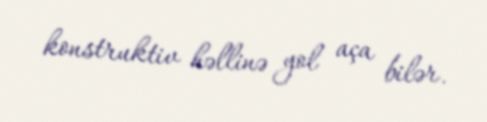
konstruktiv həllinə yol aça bilər.